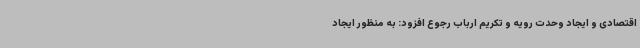
اقتصادی و ایجاد وحدت رویه و تکریم ارباب رجوع افزود: به منظور ایجاد